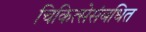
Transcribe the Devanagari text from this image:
चिकित्सेसंबधित